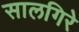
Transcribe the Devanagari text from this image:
सालगिरे